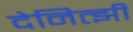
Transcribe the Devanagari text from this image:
देनित्झी